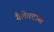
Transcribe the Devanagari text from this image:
गैलेक्टोस